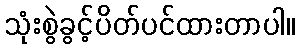
သုံးစွဲခွင့်ပိတ်ပင်ထားတာပါ။